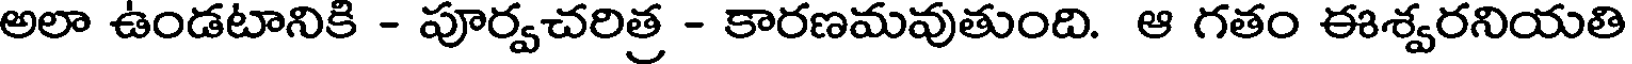
అలా ఉండటానికి - పూర్వచరిత్ర - కారణమవుతుంది. ఆ గతం ఈశ్వరనియతి